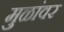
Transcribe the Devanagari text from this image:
मुळांवर